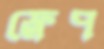
ফ্লেপ